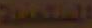
المستعملة